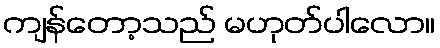
ကျန်တော့သည် မဟုတ်ပါလော။